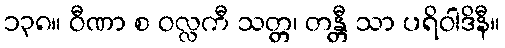
၁၃၈။ ဝီဏာ စ ဝလ္လကီ သတ္တ၊ တန္တီ သာ ပရိဝါဒိနီ။